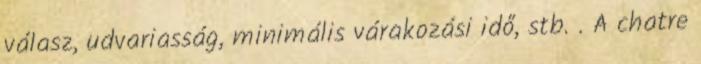
válasz, udvariasság, minimális várakozási idő, stb. . A chatre